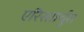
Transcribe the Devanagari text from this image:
एरिस्तार्चुस